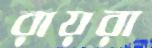
রায়রা